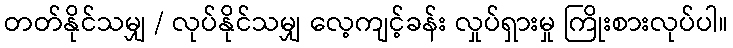
တတ်နိုင်သမျှ / လုပ်နိုင်သမျှ လေ့ကျင့်ခန်း လှုပ်ရှားမှု ကြိုးစားလုပ်ပါ။